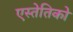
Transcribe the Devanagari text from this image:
एस्तेतिको